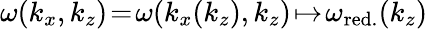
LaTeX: \omega(k_{x},k_{z})\! =\! \omega(k_{x}(k_{z}),k_{z})\! \mapsto\! \omega_{\mathrm{red.}}(k_{z})